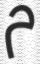
م